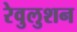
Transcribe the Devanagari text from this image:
रेवुलुशन